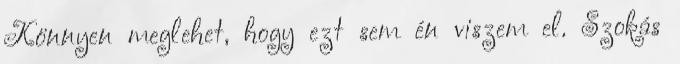
Könnyen meglehet, hogy ezt sem én viszem el. Szokás